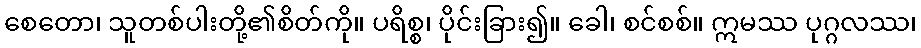
စေတော၊ သူတစ်ပါးတို့၏စိတ်ကို။ ပရိစ္စ၊ ပိုင်းခြား၍။ ခေါ၊ စင်စစ်။ ဣမဿ ပုဂ္ဂလဿ၊